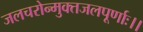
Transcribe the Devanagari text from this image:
जलचरोन्मुक्तजलपूर्णाः।।